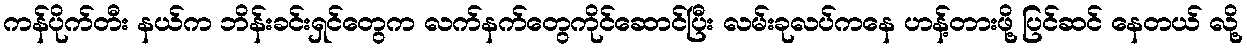
ကန်ပိုက်တီး နယ်က ဘိန်းခင်းရှင်တွေက လက်နက်တွေကိုင်ဆောင်ပြီး လမ်းခုလပ်ကနေ ဟန့်တားဖို့ ပြင်ဆင် နေတယ် လို့